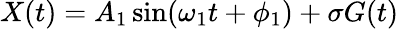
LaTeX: X(t)=A_{1}\sin(\omega_{1}t+\phi_{1})+\sigma G(t)